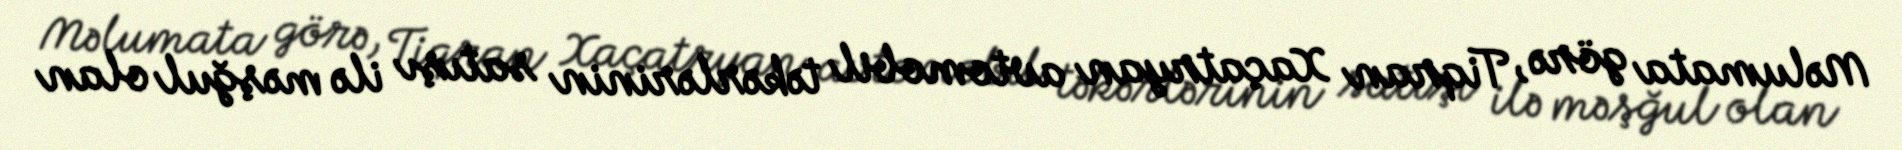
Məlumata görə, Tiqran Xaçatryan avtomobil təkərlərinin satışı ilə məşğul olan